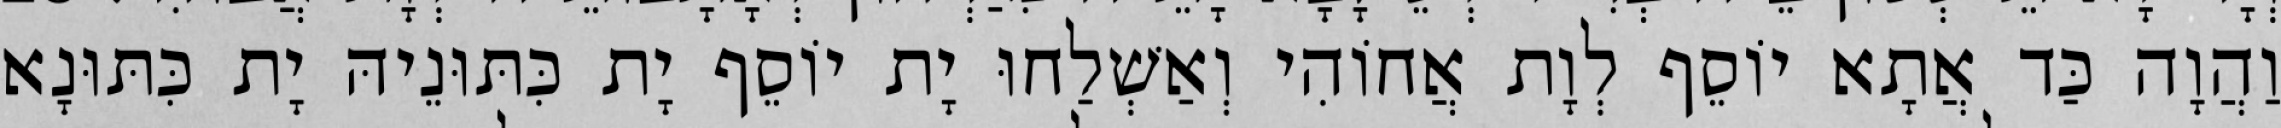
וַהֲוָה כַּד אֲתָא יוֹסֵף לְוָת אֲחוֹהִי וְאַשְׁלַחוּ יָת יוֹסֵף יָת כִּתּוּנֵיהּ יָת כִּתּוּנָא